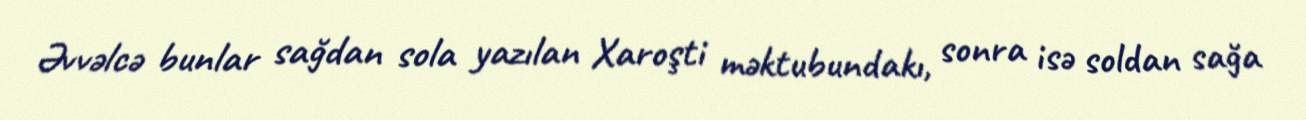
Əvvəlcə bunlar sağdan sola yazılan Xaroşti məktubundakı, sonra isə soldan sağa